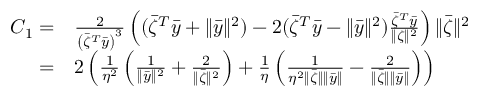
\begin{array} { r l } { C _ { 1 } = } & { \frac { 2 } { \left( \bar { \zeta } ^ { T } \bar { y } \right) ^ { 3 } } \left( ( \bar { \zeta } ^ { T } \bar { y } + \| \bar { y } \| ^ { 2 } ) - 2 ( \bar { \zeta } ^ { T } \bar { y } - \| \bar { y } \| ^ { 2 } ) \frac { \bar { \zeta } ^ { T } \bar { y } } { \| \zeta \| ^ { 2 } } \right) \| \bar { \zeta } \| ^ { 2 } } \\ { = } & { 2 \left( \frac { 1 } { \eta ^ { 2 } } \left( \frac { 1 } { \| \bar { y } \| ^ { 2 } } + \frac { 2 } { \| \bar { \zeta } \| ^ { 2 } } \right) + \frac { 1 } { \eta } \left( \frac { 1 } { \eta ^ { 2 } \| \bar { \zeta } \| \| \bar { y } \| } - \frac { 2 } { \| \bar { \zeta } \| \| \bar { y } \| } \right) \right) } \end{array}